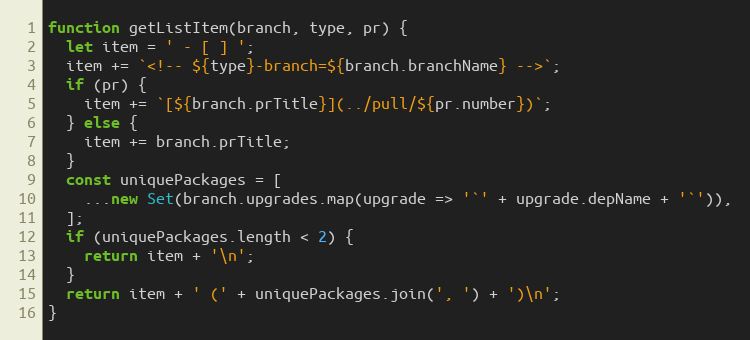
Language: JavaScript
function getListItem(branch, type, pr) {
  let item = ' - [ ] ';
  item += `<!-- ${type}-branch=${branch.branchName} -->`;
  if (pr) {
    item += `[${branch.prTitle}](../pull/${pr.number})`;
  } else {
    item += branch.prTitle;
  }
  const uniquePackages = [
    ...new Set(branch.upgrades.map(upgrade => '`' + upgrade.depName + '`')),
  ];
  if (uniquePackages.length < 2) {
    return item + '\n';
  }
  return item + ' (' + uniquePackages.join(', ') + ')\n';
}